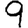
Digit: 9